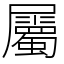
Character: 屬